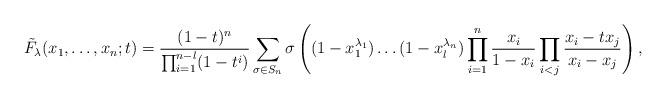
LaTeX: \begin{align*} \tilde F_\lambda (x_1,\dots, x_n;t)= \frac{(1-t)^n}{\prod_{i=1}^{n-l}(1-t^i)} \sum_{\sigma \in S_n}\sigma\left((1-x_{1}^{\lambda_1})\dots (1-x_{l}^{\lambda_n})\prod_{i=1}^{n}\frac{x_i}{1-x_i}\prod_{i < j}\frac{x_{i}-tx_{j}} {x_{i}-x_{j}}\right),\end{align*}